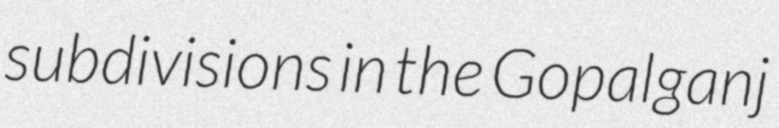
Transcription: subdivisions in the Gopalganj